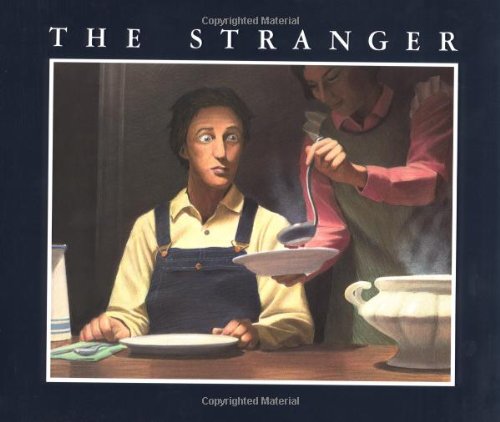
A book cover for The Stranger; Chris Van Allsburg; Children's Books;